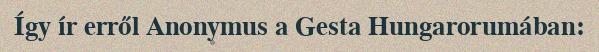
Így ír erről Anonymus a Gesta Hungarorumában: